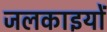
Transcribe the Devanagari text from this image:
जलकाइयों